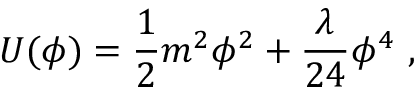
U ( \phi ) = { \frac { 1 } { 2 } } m ^ { 2 } \phi ^ { 2 } + { \frac { \lambda } { 2 4 } } \phi ^ { 4 } ~ ,